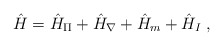
\begin{align*}\hat H = \hat{H}_{\Pi} + \hat{H}_{\nabla} + \hat{H}_m + \hat{H}_I \;,\end{align*}